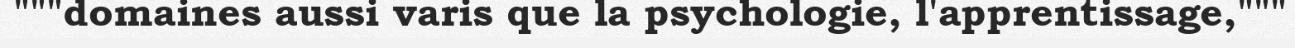
"""domaines aussi varis que la psychologie, l'apprentissage,"""